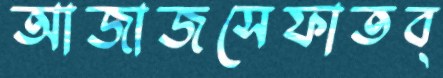
আজাজসেফাতব্